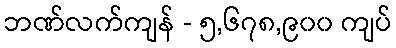
ဘဏ်လက်ကျန် - ၅,၆၇၈,၉၀၀ ကျပ်